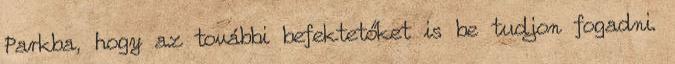
Parkba, hogy az további befektetőket is be tudjon fogadni.